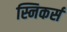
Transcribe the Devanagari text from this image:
स्निकर्स